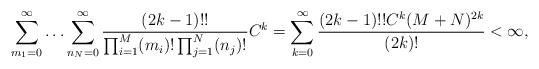
LaTeX: \begin{align*}\sum_{m_1=0}^\infty \ldots \sum_{n_N=0}^\infty \frac{(2k-1)!!}{\prod_{i=1}^M (m_i)!\prod_{j=1}^N (n_j)!}C^k=\sum_{k=0}^\infty \frac{(2k-1)!!C^k(M+N)^{2k}}{(2k)!}<\infty,\end{align*}